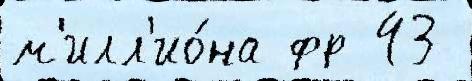
м'илл'ио́на фр 43